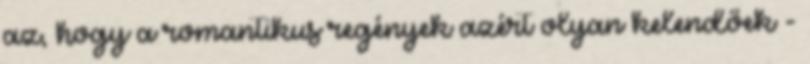
az, hogy a romantikus regények azért olyan kelendőek -